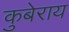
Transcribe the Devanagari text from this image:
कुबेराय